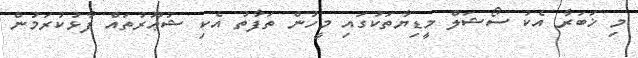
މި ޚަބަރާ އެކު ސޯޝަލް މީޑިޔާތަކުގައި މީހުން ތަފާތު އެކި ޝުޢޫރުތައް ފާޅުކުރަމުން